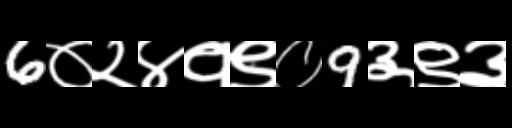
Text: 6०२४१९०9३९३